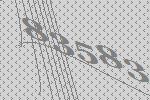
83583